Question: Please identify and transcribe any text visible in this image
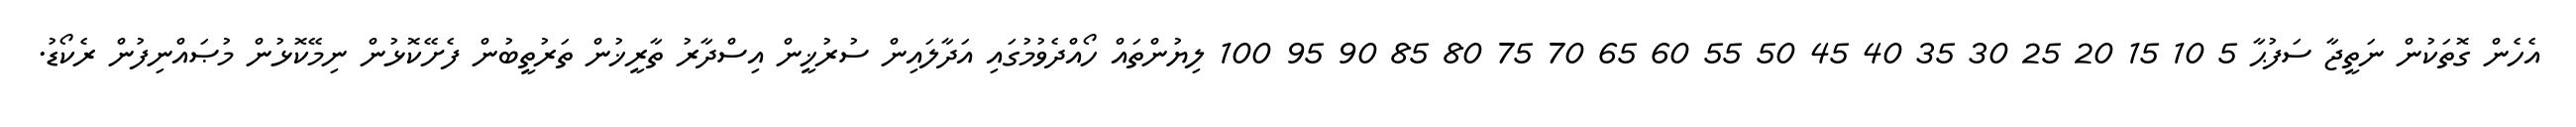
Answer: އެހެން ގޮތަކުން ނަތީޖާ ސަފުޙާ 5 10 15 20 25 30 35 40 45 50 55 60 65 70 75 80 85 90 95 100 ލިޔުންތައް ހޯއްދެވުމުގައި އަދާލައިން ސުރުޚީން އިސްދާރު ތާރީޚުން ތަރުތީބުން ފެށޭކޮޅުން ނިމޭކޮޅުން މުޞައްނިފުން ރެކޯޑު.